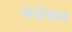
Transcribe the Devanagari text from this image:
क्वेक्स